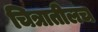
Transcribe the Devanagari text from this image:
चित्रातीलच